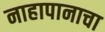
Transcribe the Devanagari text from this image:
नाहापानाचा